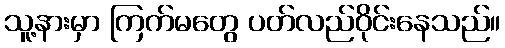
သူ့နားမှာ ကြက်မတွေ ပတ်လည်ဝိုင်းနေသည်။